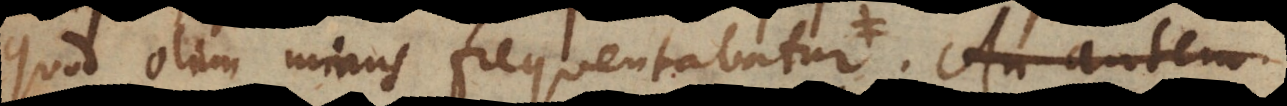
quod olim minus frequentabatur. Constat e